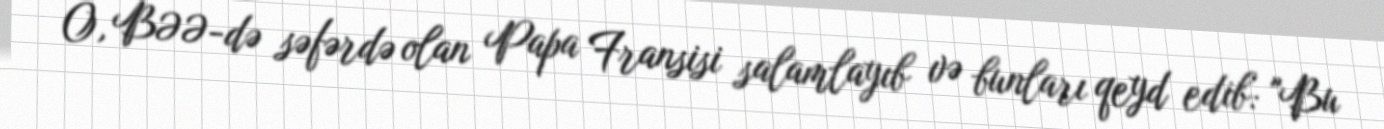
O, BƏƏ-də səfərdə olan Papa Fransisi salamlayıb və bunları qeyd edib: "Bu